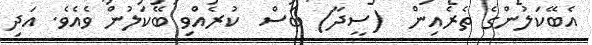
އެބޭކަލުންގެ ތެރެއިން  (ސީދާ) ބަސް  ކުރެއްވި ބޭކަލުން ވެއެވެ. އަދި